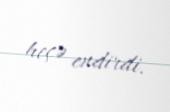
heçə endirdi.